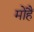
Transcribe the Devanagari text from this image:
मोहैं